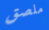
ملصق